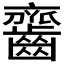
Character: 𪙔